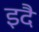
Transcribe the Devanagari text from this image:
इदै